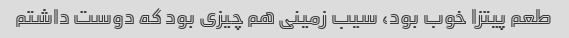
طعم پیتزا خوب بود، سیب زمینی هم چیزی بود که دوست داشتم